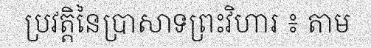
ប្រវត្តិនៃប្រាសាទព្រះវិហារ ៖ តាម